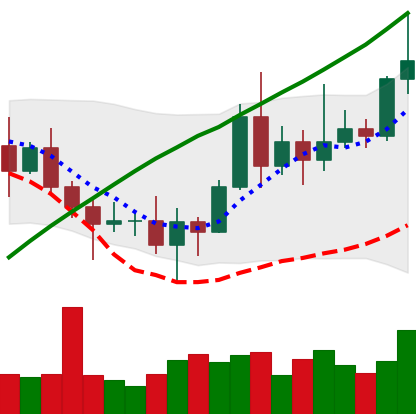
Ticker: XRP-USD
Chart end date: 2020-11-14
Forward return: 13.201%
Label: up_7plus